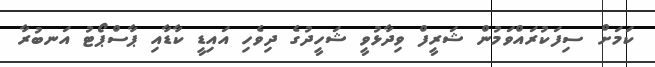
ކަމަށް ސިފަކުރައްވަމުން ޝަރީފް ވިދާޅުވީ ޝަހީދުގެ ދިވެހި އައިޑީ ކާޑާއި ޕާސްޕޯޓު އަނބުރާ